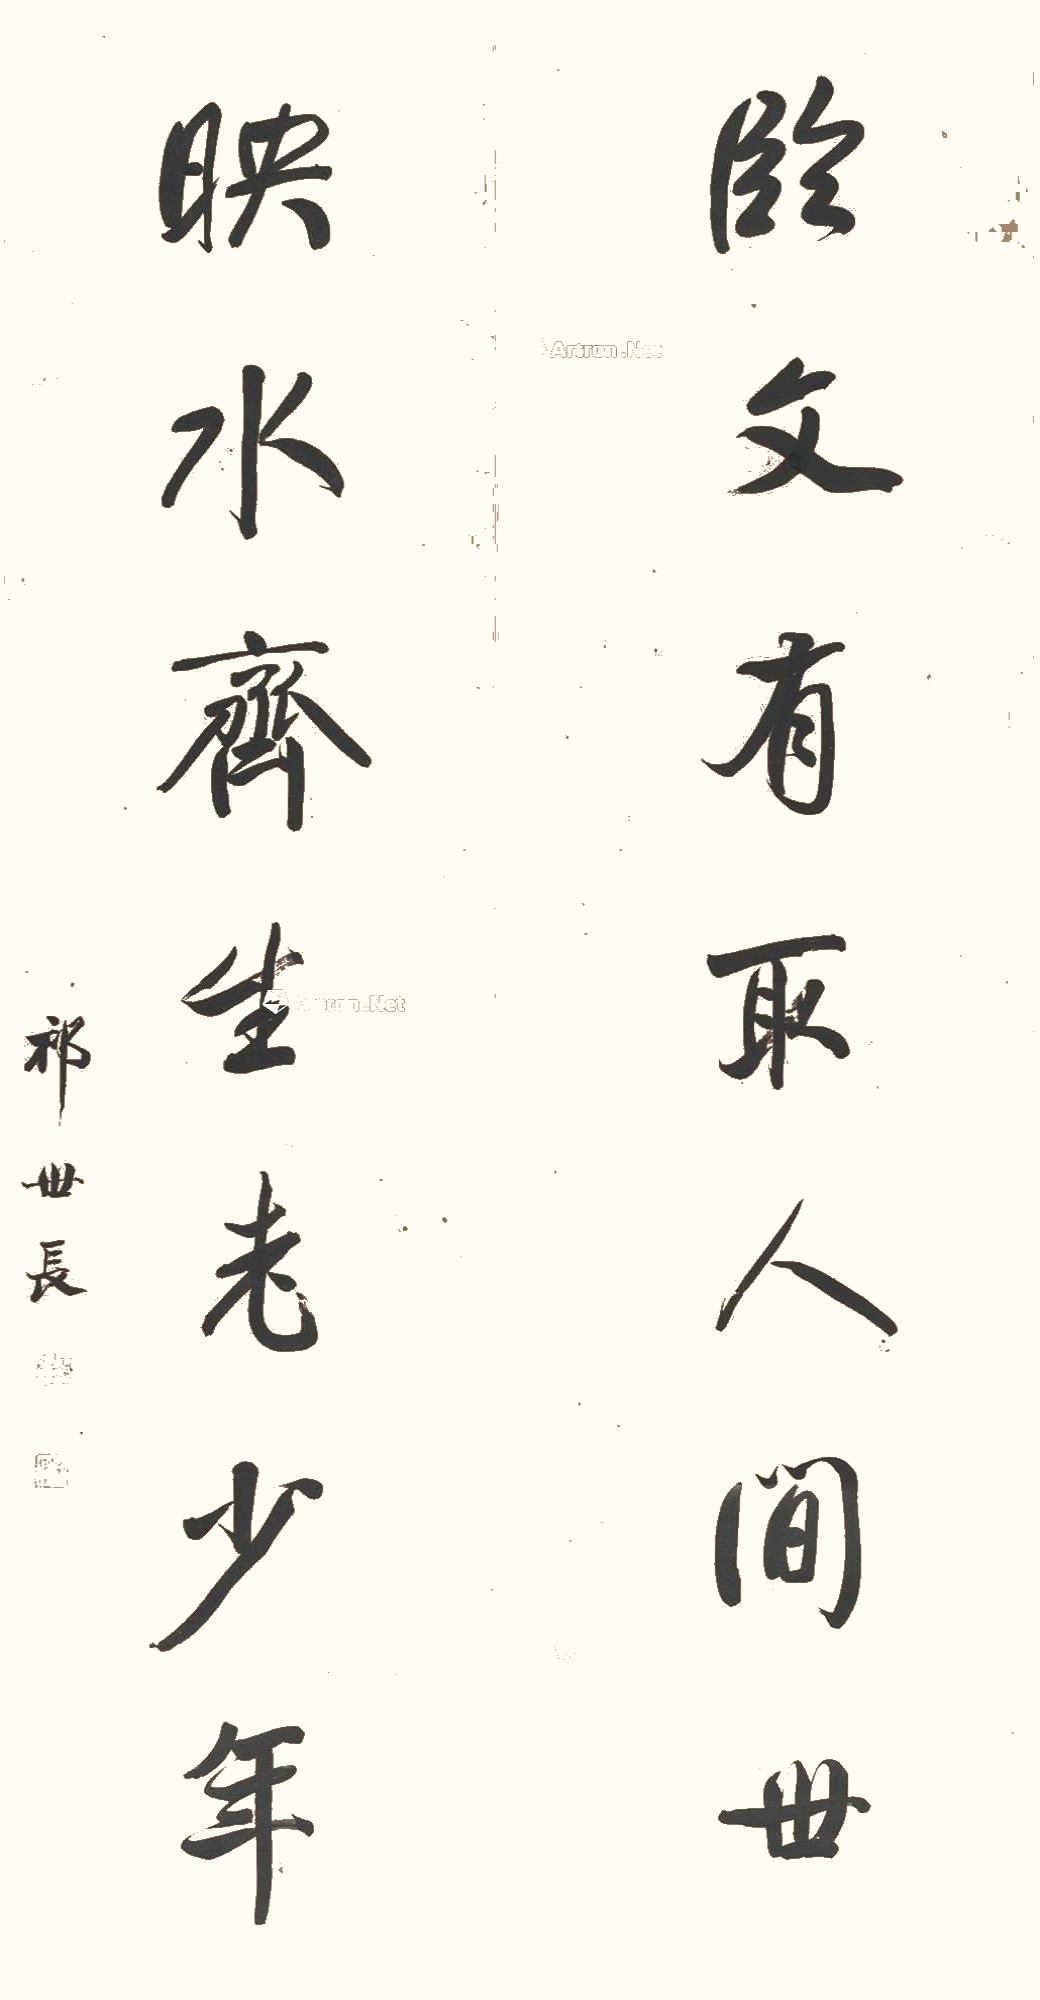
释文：临文有取人间世，映水齐生老少年。祁世长。